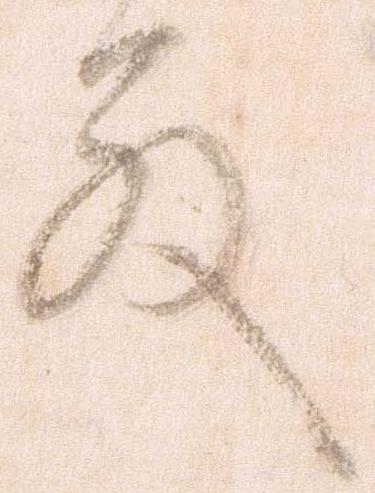
殿